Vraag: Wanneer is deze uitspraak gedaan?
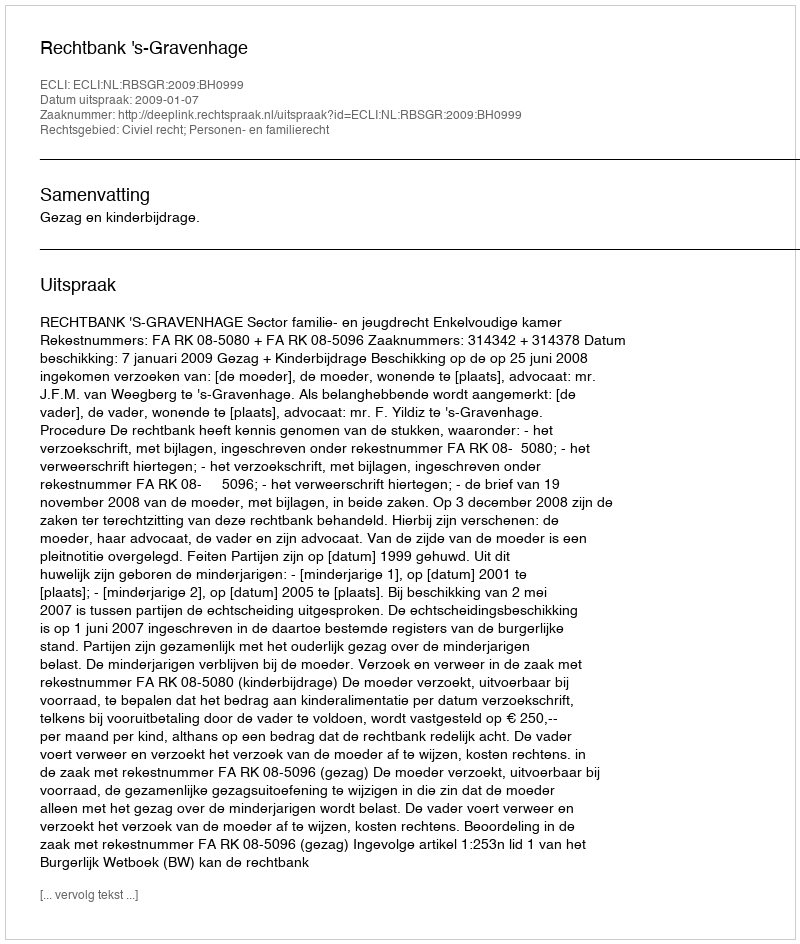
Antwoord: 2009-01-07